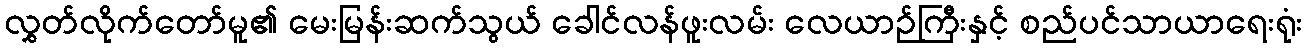
လွှတ်လိုက်တော်မူ၏ မေးမြန်းဆက်သွယ် ခေါင်လန်ဖူးလမ်း လေယာဉ်ကြီးနှင့် စည်ပင်သာယာရေးရုံး